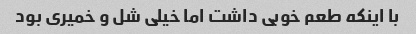
با اینکه طعم خوبی داشت اما خیلی شل و خمیری بود